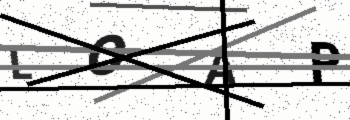
Text: LOAP